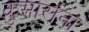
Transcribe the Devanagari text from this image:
कुमारांना